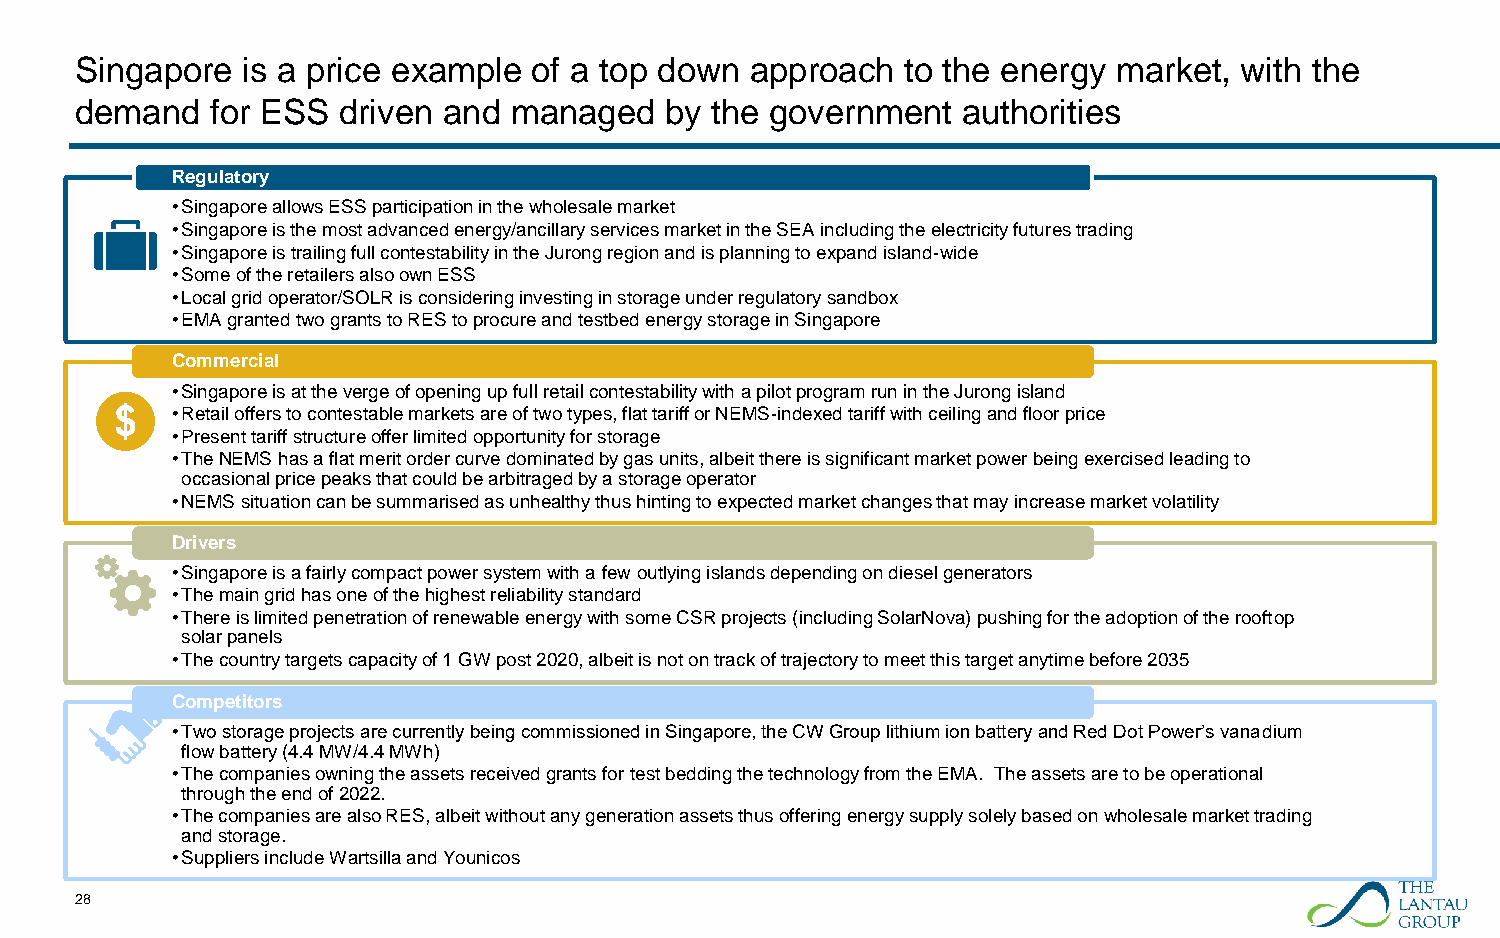
Singapore  is a price example of a top down  approach  to the energy market, with the
 demand   for ESS driven and  managed   by the government   authorities
 Regulatory
 •Singapore allows ESS participation in the wholesale market
 •Singapore is the most advanced energy/ancillary services market in the SEA including the electricity futures trading
 •Singaporeis trailing full contestability in the Jurong region and is planning to expand island-wide
 •Someof the retailers also own ESS
 •Localgrid operator/SOLR is considering investing in storage under regulatory sandbox
 •EMA granted two grants to RES to procure and testbedenergy storage in Singapore
 Commercial
 •Singapore is at the verge of opening up full retail contestability with a pilot program run in the Jurong island
 •Retail offers to contestable markets are of two types, flat tariff or NEMS-indexed tariff with ceiling and floor price
 •Present tariff structure offer limited opportunity for storage
 •TheNEMS has a flat merit order curve dominated by gas units, albeit there is significant market power being exercised leading to
 occasional price peaks that could be arbitraged by a storage operator
 •NEMS situation can be summarised as unhealthy thus hinting to expected market changes that may increase market volatility
 Drivers
 •Singapore is a fairly compact power system with a fewoutlying islands depending on diesel generators
 •Themain grid has one of the highest reliability standard
 •Thereis limited penetration of renewable energy with some CSR projects (including SolarNova) pushing for the adoption of the rooftop
 solar panels
 •Thecountry targets capacity of 1 GW post 2020, albeit is not on track of trajectory to meet this target anytime before 2035
 Competitors
 •Two storage projects are currently being commissioned in Singapore, the CW Group lithium ion battery and Red Dot Power’s vanadium
 flow battery (4.4 MW/4.4 MWh)
 •Thecompanies owning the assets received grants for test bedding the technology from the EMA. The assets are to be operational
 through the end of 2022.
 •The companies arealso RES, albeit without any generation assets thus offering energy supply solely based on wholesale market trading
 and storage.
 •Suppliers include Wartsillaand Younicos
 28